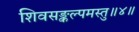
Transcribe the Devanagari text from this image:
शिवसङ्कल्पमस्तु॥४॥